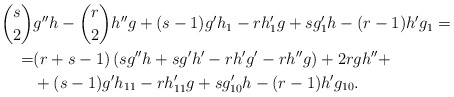
\begin{align*} \binom{s}{2}&g''h-\binom{r}{2}h''g+(s-1)g'h_1-rh_1'g+sg_1'h-(r-1)h'g_1=\\ =&(r+s-1)\left( sg''h+sg'h'-rh'g'-rh''g\right)+2r gh''+\\ &+ (s-1)g'h_{11}-r h_{11}'g+s g_{10}'h-(r-1)h'g_{10}.\end{align*}